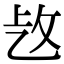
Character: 𢼁